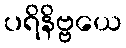
ပရိနိဗ္ဗယေ